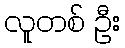
လူတစ် ဦး